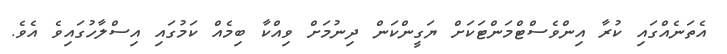
އެތަނެއްގައި ކުރާ އިންވެސްޓްމަންޓަކަށް ޔަގީންކަން ދިނުމަށް ވިއްކާ ބިމެއް ކަމުގައި އިސްލާހުގައިވެ އެވެ.